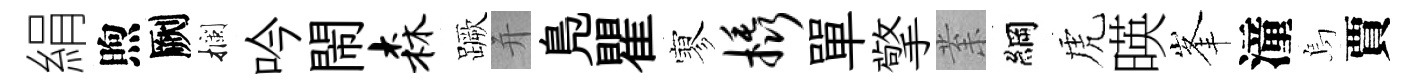
絹煦劂攔吟閙森蹶并鳬瞿寥橇單擎𭪙綱虎暎峯潼烏賈